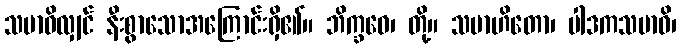
သမာဓိလျှင် နီးစွာသောအကြောင်းရှိ၏။ ဘိက္ခဝေ၊ တို့။ သမာဟိတော၊ ပါဒကသမာဓိ၊